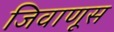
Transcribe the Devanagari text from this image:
जिवाणूस